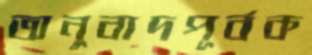
অনুবাদপূর্বক